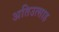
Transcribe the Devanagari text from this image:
अतिउत्साह